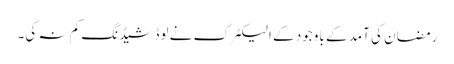
رمضان کی آمد کے باوجود کے الیکٹرک نے لوڈشیڈنگ کم نہ کی۔